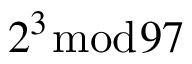
2 ^ { 3 } { \bmod { 9 } } 7